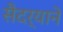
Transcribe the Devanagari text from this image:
सैदर्याने